Rules regarding the measures to be adopted on the outbreak of cholera or appearance of small-pox
Disease focus: Cholera
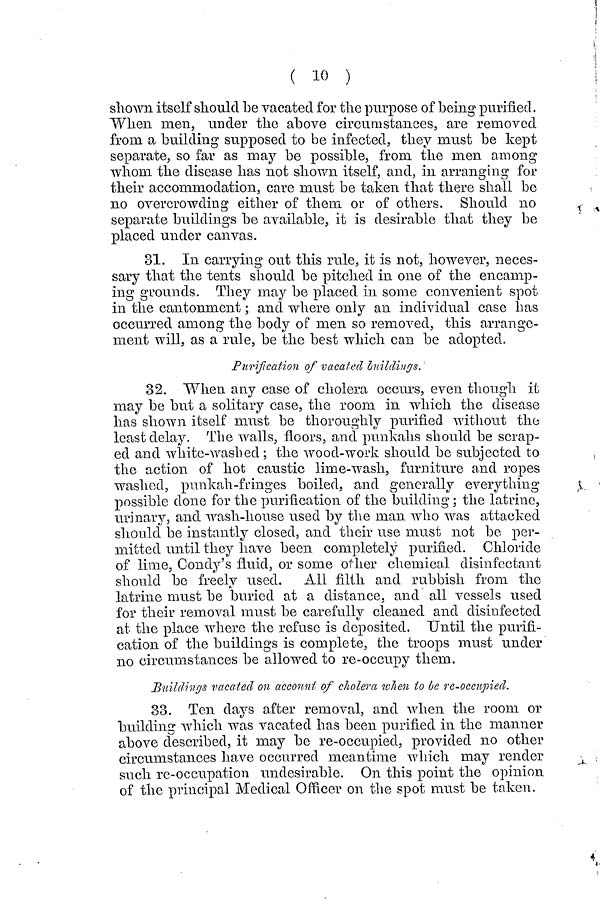
( 10 )
shown itself should be vacated for the purpose of being purified.
When men, under the above circumstances, are removed
from a building supposed to be infected, they must be kept
separate, so far as may be possible, from the men among
whom the disease has not shown itself, and, in arranging for
their accommodation, care must be taken that there shall be
no overcrowding either of them or of others. Should no
separate buildings be available, it is desirable that they be
placed under canvas.
31. In carrying out this rule, it is not, however, neces-
sary that the tents should be pitched in one of the encamp-
ing grounds. They may be placed in some convenient spot
in the cantonment ; and where only an individual case has
occurred among the body of men so removed, this arrange-
ment will, as a rule, be the best which can be adopted.
Purification of vacated buildings.
32. When any case of cholera occurs, even though it
may be but a solitary case, the room in which the disease
has shown itself must be thoroughly purified without the
least delay. The walls, floors, and punkahs should be scrap-
ed and white-washed; the wood-work should be subjected to
the action of hot caustic lime-wash, furniture and ropes
washed, punkah-fringes boiled, and generally everything
possible done for the purification of the Wilding ; the latrine,
urinary, and wash-house used by the man who was attacked
should be instantly closed, and their use must not be per-
mitted until they have been completely purified. Chloride
of lime, Condy's fluid, or some other chemical disinfectant
should be freely used. All filth and rubbish from the
latrine must be buried at a distance, and all vessels used
for their removal must be carefully cleaned and disinfected
at the place where the refuse is deposited. Until the purifi-
cation of the buildings is complete, the troops must under
no circumstances be allowed to re-occupy them.
Buildings vacated on account of cholera when ίο be re-occupied.
33. Ten days after removal, and when the room or
building which was vacated has been purified in the manner
above described, it may be re-occupied, provided no other
circumstances have occurred meantime which may render
such re-occupation undesirable. On this point the opinion
of the principal Medical Officer on the spot must be taken.